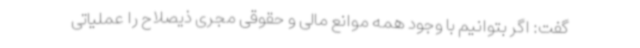
گفت: اگر بتوانیم با وجود همه موانع مالی و حقوقی مجری ذیصلاح را عملیاتی